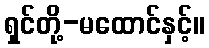
ရှင်တို့-မထောင်နှင့်။